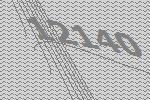
12140